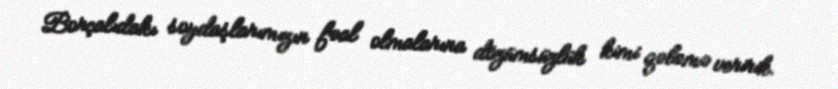
Borçalıdakı soydaşlarımızın fəal olmalarına dözümsüzlük kimi qələmə veririk.